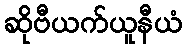
ဆိုဗီယက်ယူနီယံ